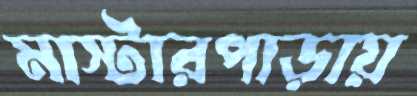
মাস্টারপাড়ায়